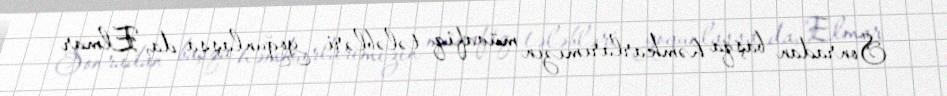
Sonradan başqa həmkarlarımızın müvafiq tələbləri yoğunlaşsa da, Elmar